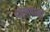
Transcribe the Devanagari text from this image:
पहेलवानो